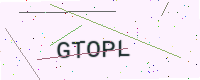
Text: GTOPL